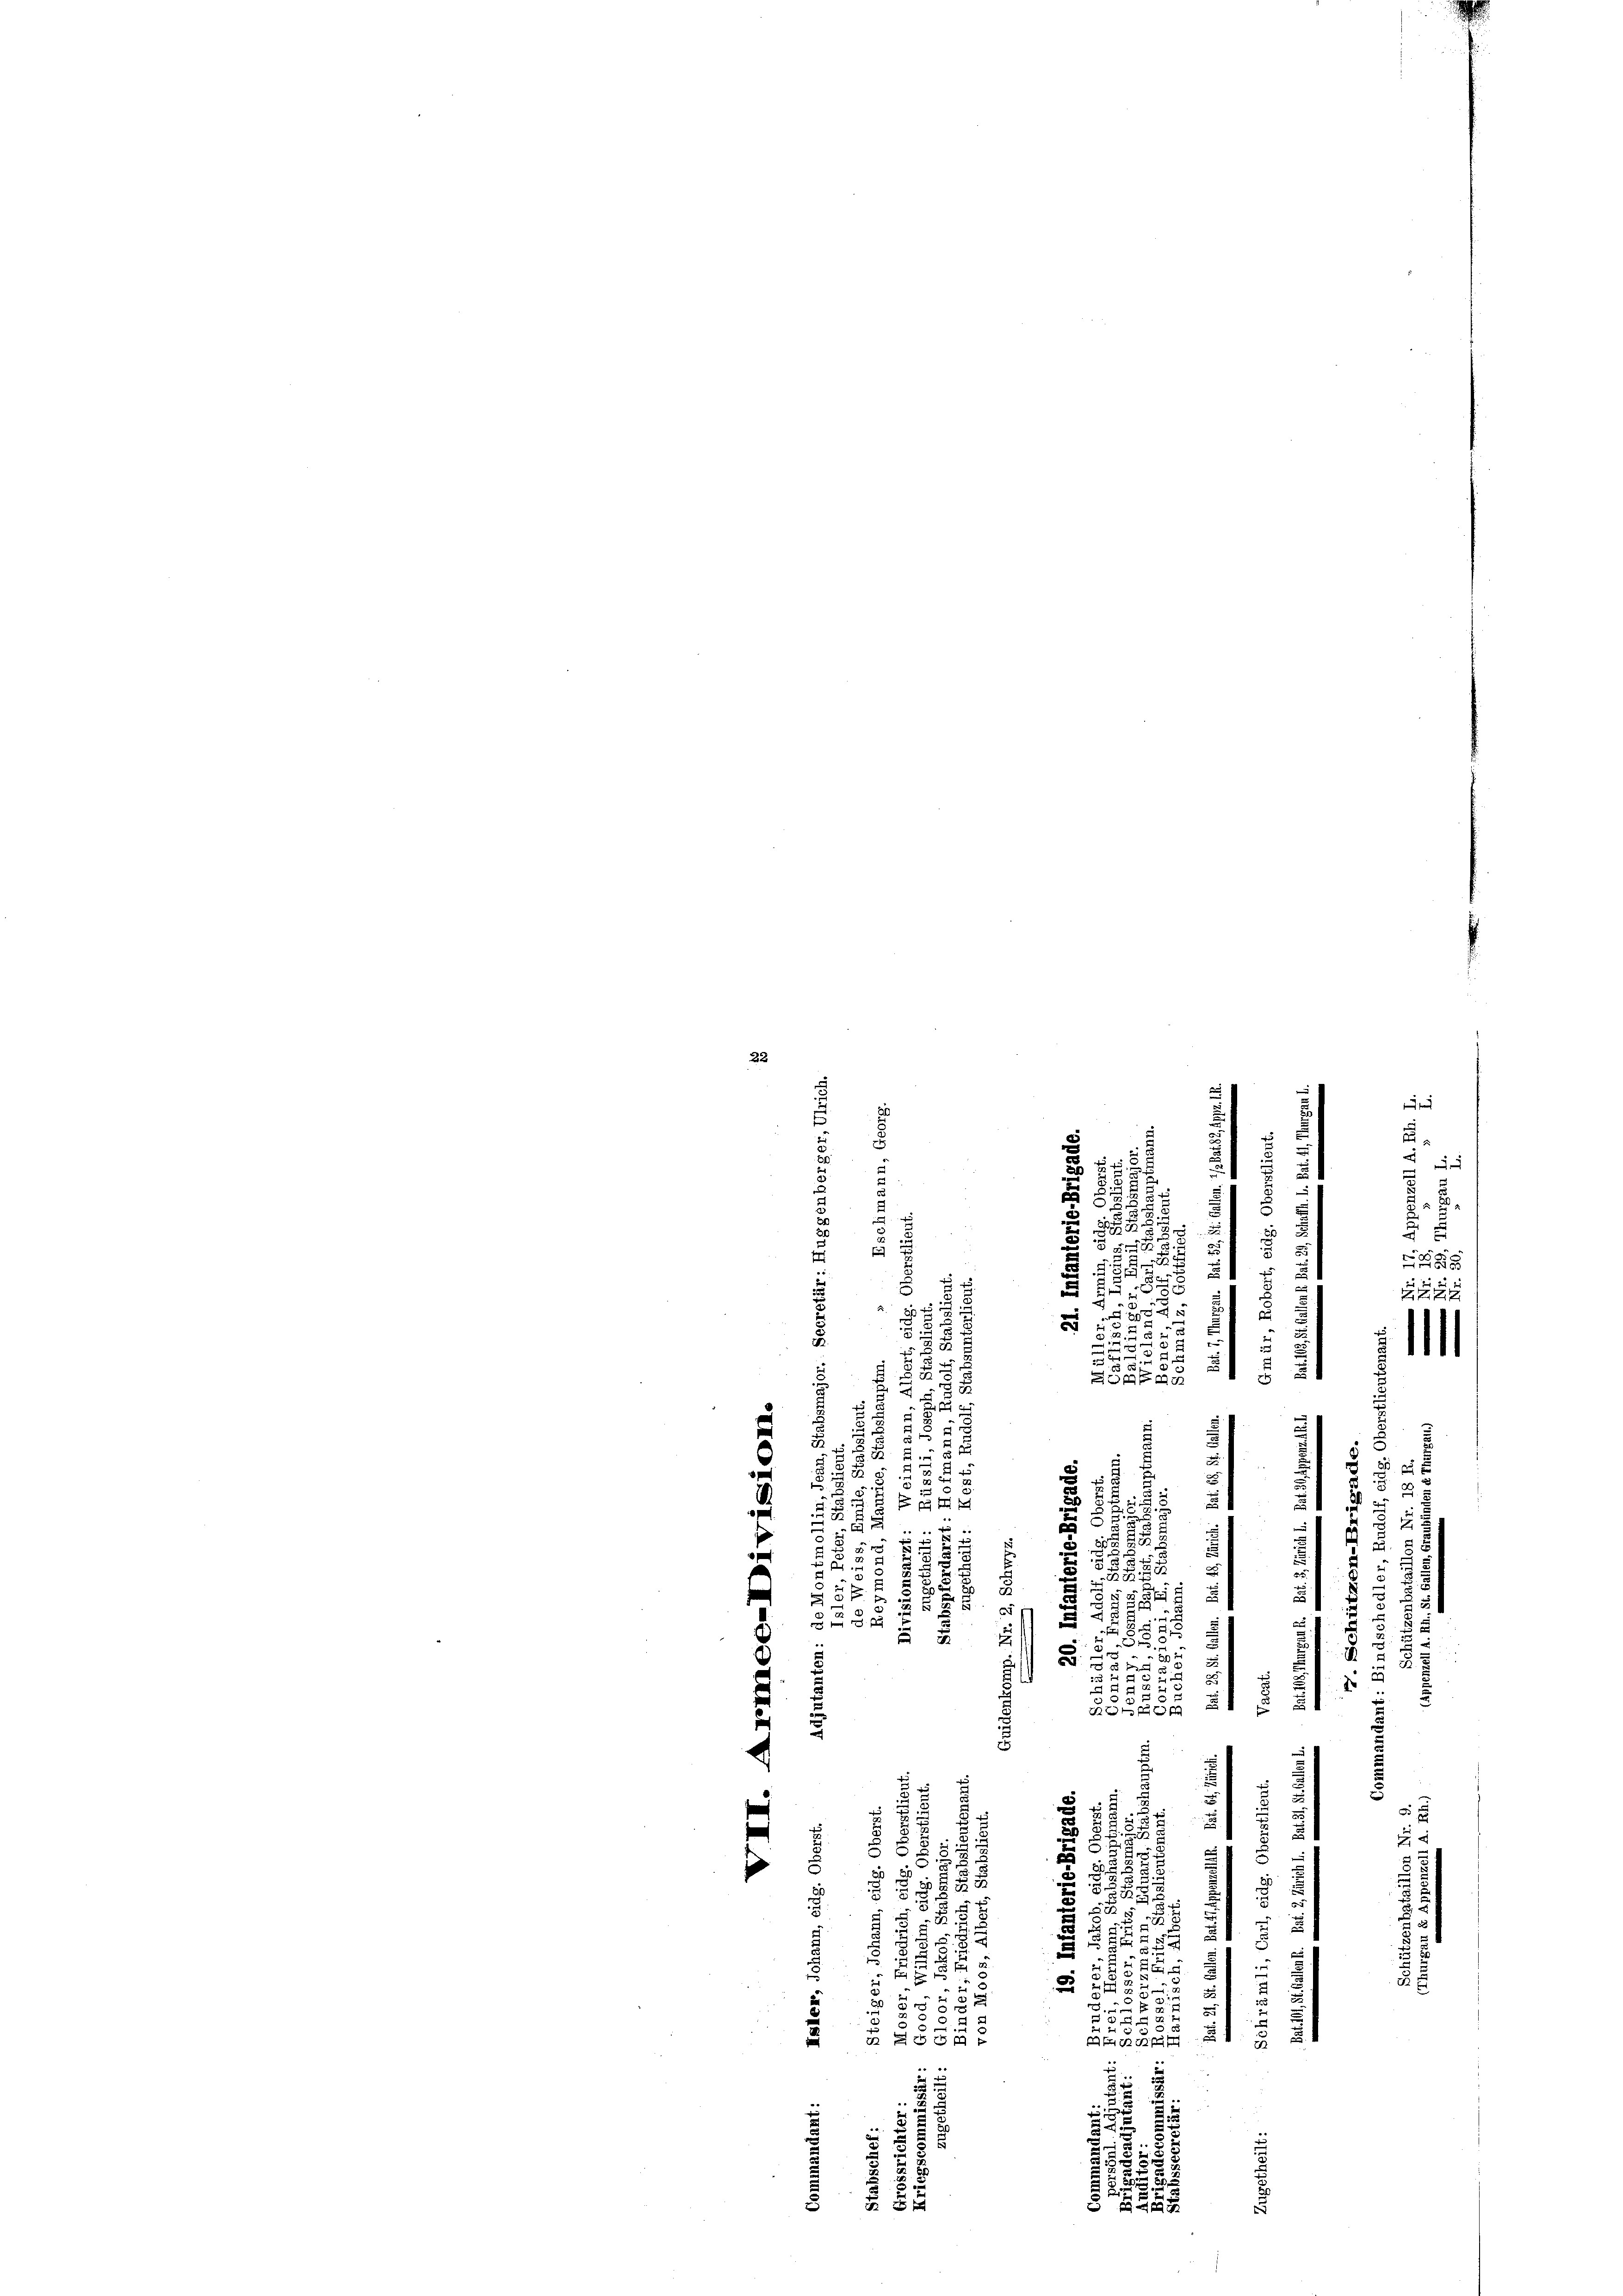
22
e
.
1
¬

2
n
e
.
¬

f
i
.
2
u
3
3
5
5
2
a
u
.
5
2
a
3
d
5
5
u
.

2
 1
5
s

E
s
d
e
2

x
.
u

u

b

58
33
e
.
e
3
e
d
und

e
2
.
u
u
e

 75
i
x
u
2

8
5
a
d
.
B EA I
 0 f 2 x
E
¬
d

 5
38
s

2
2.
5

.

2
8
s
.
2

u
2
34
x
e
u
u
1
5
.
.
f f
5
2
e
i
25

 8
.
.
d
s
B 9 S

u
5
5
5

.
2
e
g
s

c
2
5
u

5

25

u
5
.
d

i

e

1140